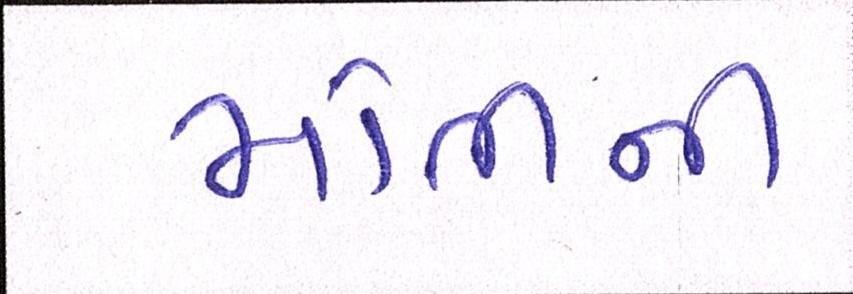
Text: મોતીની